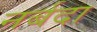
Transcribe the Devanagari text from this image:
नर्बदा